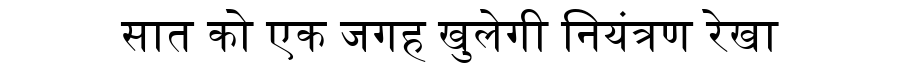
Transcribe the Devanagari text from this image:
सात को एक जगह खुलेगी नियंत्रण रेखा